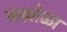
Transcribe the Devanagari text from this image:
कल्लोळा